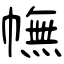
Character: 幠